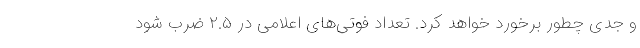
و جدی چطور برخورد خواهد کرد. تعداد فوتی‌های اعلامی در ۲.۵ ضرب شود